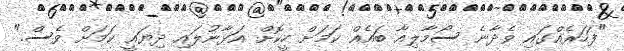
"ފަހަރެއްގައި ވެދާނެ ސޯމާލިއާ ބައެއް ކަމަށް ހީކޮށް އަޅާނުލައި ދިޔައީ ކަމަށް ވެސް."